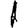
Digit: 1